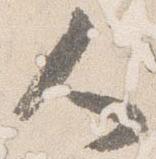
人